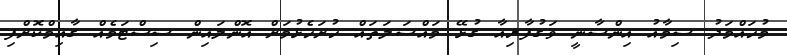
މުހައްމަދު ސިމާއު އިންސާނީ ވަގުފާރިއާ ގުޅޭ މައްސަލަތައް ހުށަހެޅުމަށް އޮންލައިން ސިސްޓަމެއް ގާއިމްކޮށްފި